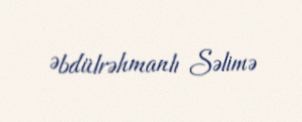
Əbdülrəhmanlı Səlimə